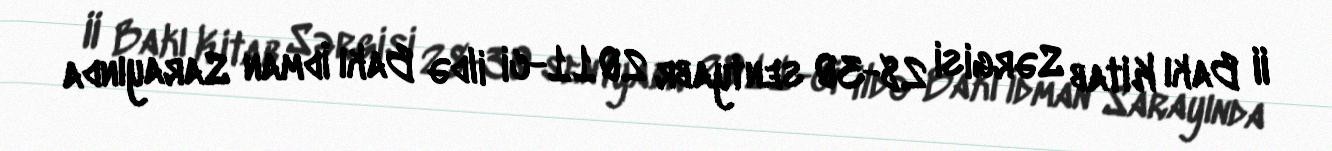
II Bakı Kitab Sərgisi 28-30 sentyabr 2011-ci ildə Bakı İdman Sarayında